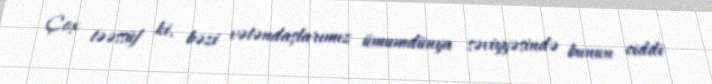
Çox təəssüf ki, bəzi vətəndaşlarımız ümumdünya səviyyəsində bunun ciddi